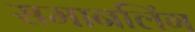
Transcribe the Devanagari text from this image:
समानलिंग